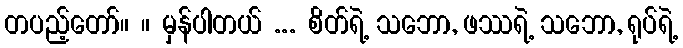
တပည့်တော်။ ။ မှန်ပါတယ် ... စိတ်ရဲ့ သဘော, ဖဿရဲ့ သဘော, ရုပ်ရဲ့